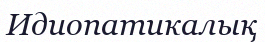
Идиопатикалық